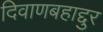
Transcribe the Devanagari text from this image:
दिवाणबहाद्दुर